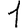
Digit: 1